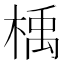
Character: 楀